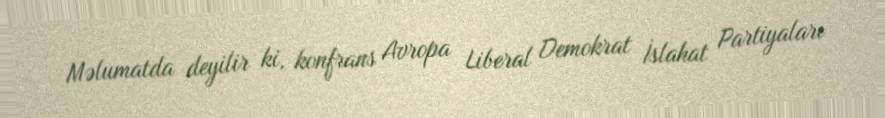
Məlumatda deyilir ki, konfrans Avropa Liberal Demokrat İslahat Partiyaları